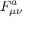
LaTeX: F _ { \mu \nu } ^ { a }